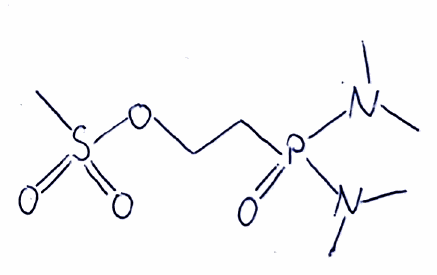
Simplified molecular-input line-entry system (SMILES) notation of the given molecule:
CN(C)P(=O)(CCOS(=O)(=O)C)N(C)C